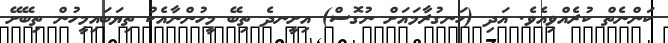
ކަންނެތް ކުރެއްވިއެވެ. އަދި (ހަނގުރާމައަށް ނުގޮސް) އިށީނދެ ތިބޭ މީހުންނާއެކު ތިޔަބައިމީހުން ތިބޭށޭ